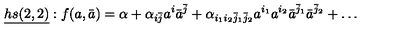
\underline { { h s ( 2 , 2 ) } } : f ( a , \bar { a } ) = \alpha + \alpha _ { i \bar { j } } a ^ { i } \bar { a } ^ { \bar { j } } + \alpha _ { i _ { 1 } i _ { 2 } \bar { j } _ { 1 } \bar { j } _ { 2 } } a ^ { i _ { 1 } } a ^ { i _ { 2 } } \bar { a } ^ { \bar { j } _ { 1 } } \bar { a } ^ { \bar { j } _ { 2 } } + \ldots